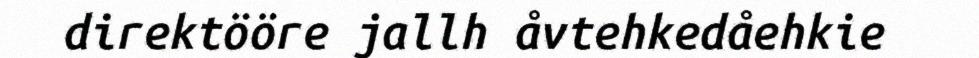
direktööre jallh åvtehkedåehkie